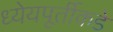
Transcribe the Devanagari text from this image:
ध्येयपूर्तीकडे